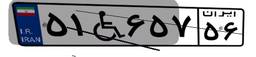
۵۴W۲۲۳۱۸